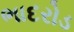
ભાદરોડ